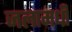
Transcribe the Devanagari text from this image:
जलामधीं